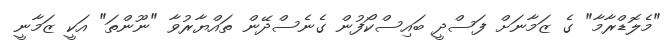
"މެލޮޑްރާމާ" ގެ ޒަމާނަށް ފަސްދީ ބައިސްކޯފުން ގެނެސްދޭން ތައްޔާރުވާ "ނޫންތަ" އަކީ ޒަމާނީ